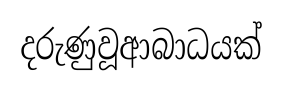
දරුණුවූආබාධයක්